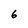
Character: 6